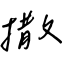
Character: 撤